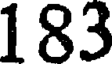
183